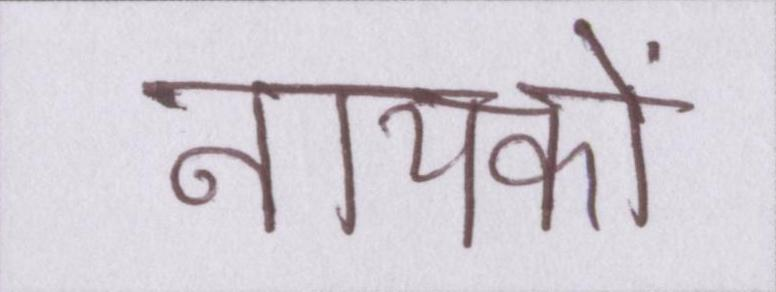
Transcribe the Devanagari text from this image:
नायकों